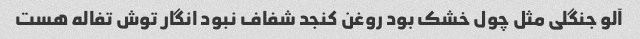
آلو جنگلی مثل چول خشک بود روغن کنجد شفاف نبود انگار توش تفاله هست